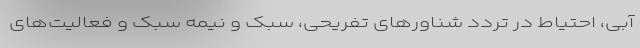
آبی، احتیاط در تردد شناورهای تفریحی، سبک و نیمه سبک و فعالیت‌های